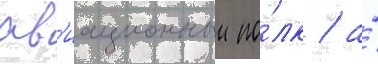
ав'иационныи по́лк / а́